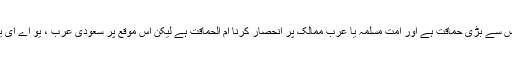
کشمیر کے حوالے سے امریکہ سے توقع لگانا حماقت ہے تو اقوام متحدہ پر تکیہ کرنا اس سے بڑی حماقت ہے اور امت مسلمہ یا عرب ممالک پر انحصار کرنا ام الحماقت ہے لیکن اس موقع پر سعودی عرب ، یو اے ای یا امریکہ وغیرہ کو برابھلا کہہ کر اپنے دشمنوں میں اضافہ کرنا بھی بڑی حماقت ہے ۔